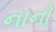
નાનો